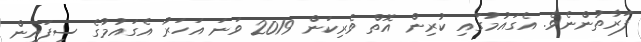
ފަރާތުންނެވެ. އެގައުމުގައި ކުރިން އޮތް ވެރިކަން 2019 ވަނަ އަހަރު އެގައުމުގެ ސިފައިން